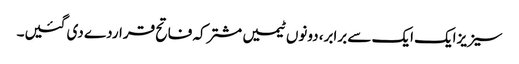
سیزیزایک ایک سے برابر، دونوں ٹیمیں مشترکہ فاتح قراردے دی گئیں۔